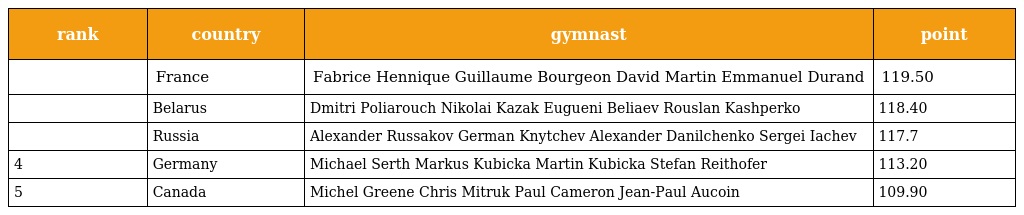
| rank | country | gymnast | point |
 | --- | --- | --- | --- |
 |  | France | Fabrice Hennique Guillaume Bourgeon David Martin Emmanuel Durand | 119.50 |
 |  | Belarus | Dmitri Poliarouch Nikolai Kazak Eugueni Beliaev Rouslan Kashperko | 118.40 |
 |  | Russia | Alexander Russakov German Knytchev Alexander Danilchenko Sergei Iachev | 117.7 |
 | 4 | Germany | Michael Serth Markus Kubicka Martin Kubicka Stefan Reithofer | 113.20 |
 | 5 | Canada | Michel Greene Chris Mitruk Paul Cameron Jean-Paul Aucoin | 109.90 |